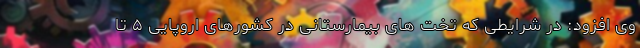
وی افزود: در شرایطی که تخت های بیمارستانی در کشورهای اروپایی ۵ تا